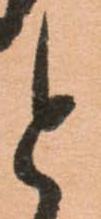
と